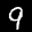
Label: 9